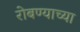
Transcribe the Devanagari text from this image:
रोबण्याच्या